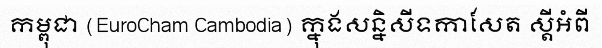
កម្ពុជា (EuroCham Cambodia) ក្នុងសន្និសីទកាសែត ស្តីអំពី